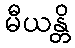
မီယန္တိ